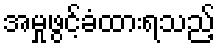
အမှုဖွင့်ခံထားရသည့်